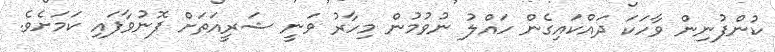
ކުންފުނިން ވާހަކަ ދައްކައިގެން ހައްލު ނުވުމުން މިހާރު ވަނީ ޝަރީއަތަށް ފޮނުވާފައި ކަމަށެވެ.